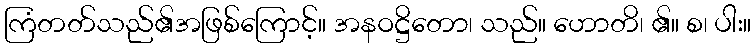
ကြံတတ်သည်၏အဖြစ်ကြောင့်။ အနဝဋ္ဌိတော၊ သည်။ ဟောတိ၊ ၏။ စ၊ ပါး။